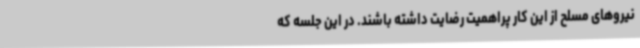
نیروهای مسلح از این کار پراهمیت رضایت داشته باشند. در این جلسه که